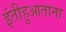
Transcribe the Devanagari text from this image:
इंतीहुआताना